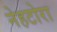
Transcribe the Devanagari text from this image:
नेहटोरा